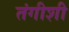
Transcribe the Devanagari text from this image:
तंगीशी